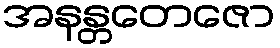
အနန္တတေဇော